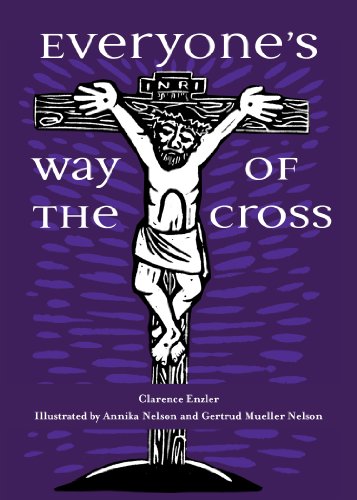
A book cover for Everyone's Way of the Cross; Clarence Enzler; Religion & Spirituality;